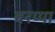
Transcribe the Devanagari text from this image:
बरय्या